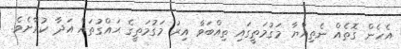
އެހެން ގޮތެއް ނެތިއްޔާ މަގުމަތީގައި ތިއްބަވާ އިރު މަގުމަތީގެ ޙައްގުތައް އަދާ ކުރާށެވެ.